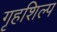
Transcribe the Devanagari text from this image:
गृहशिल्प